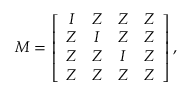
\boldsymbol { M } = \left[ \begin{array} { c c c c } { \boldsymbol { I } } & { \boldsymbol { Z } } & { \boldsymbol { Z } } & { \boldsymbol { Z } } \\ { \boldsymbol { Z } } & { \boldsymbol { I } } & { \boldsymbol { Z } } & { \boldsymbol { Z } } \\ { \boldsymbol { Z } } & { \boldsymbol { Z } } & { \boldsymbol { I } } & { \boldsymbol { Z } } \\ { \boldsymbol { Z } } & { \boldsymbol { Z } } & { \boldsymbol { Z } } & { \boldsymbol { Z } } \end{array} \right] \mathrm { , }